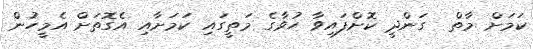
ކަމަށް މާތް  ގަންދީ ކޮށްފައިވާ ހުވާގެ މަތީގައި ކަމަށާއި އެގޮތަށް އެމީހުން